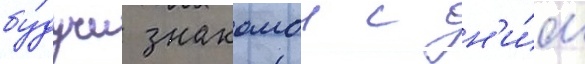
бу́дучи знакомои с н'и́м